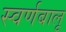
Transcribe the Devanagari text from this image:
स्वर्णबालू